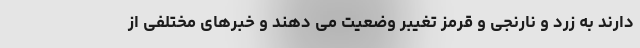
دارند به زرد و نارنجی و قرمز تغیبر وضعیت می دهند و خبرهای مختلفی از